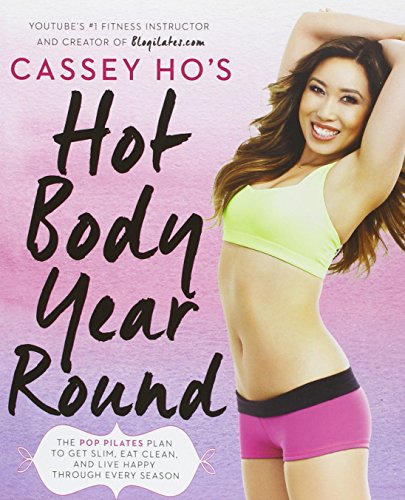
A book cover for Cassey Ho's Hot Body Year-Round: The POP Pilates Plan to Get Slim, Eat Clean, and Live Happy Through Every Season; Cassey Ho; Health, Fitness & Dieting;